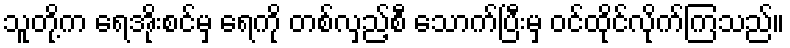
သူတို့က ရေအိုးစင်မှ ရေကို တစ်လှည့်စီ သောက်ပြီးမှ ဝင်ထိုင်လိုက်ကြသည်။